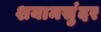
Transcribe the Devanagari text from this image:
शयामसुंदर